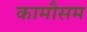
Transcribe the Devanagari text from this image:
कामौसम